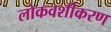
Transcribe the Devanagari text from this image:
लोकवशीकरण